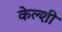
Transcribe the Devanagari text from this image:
केल्शी